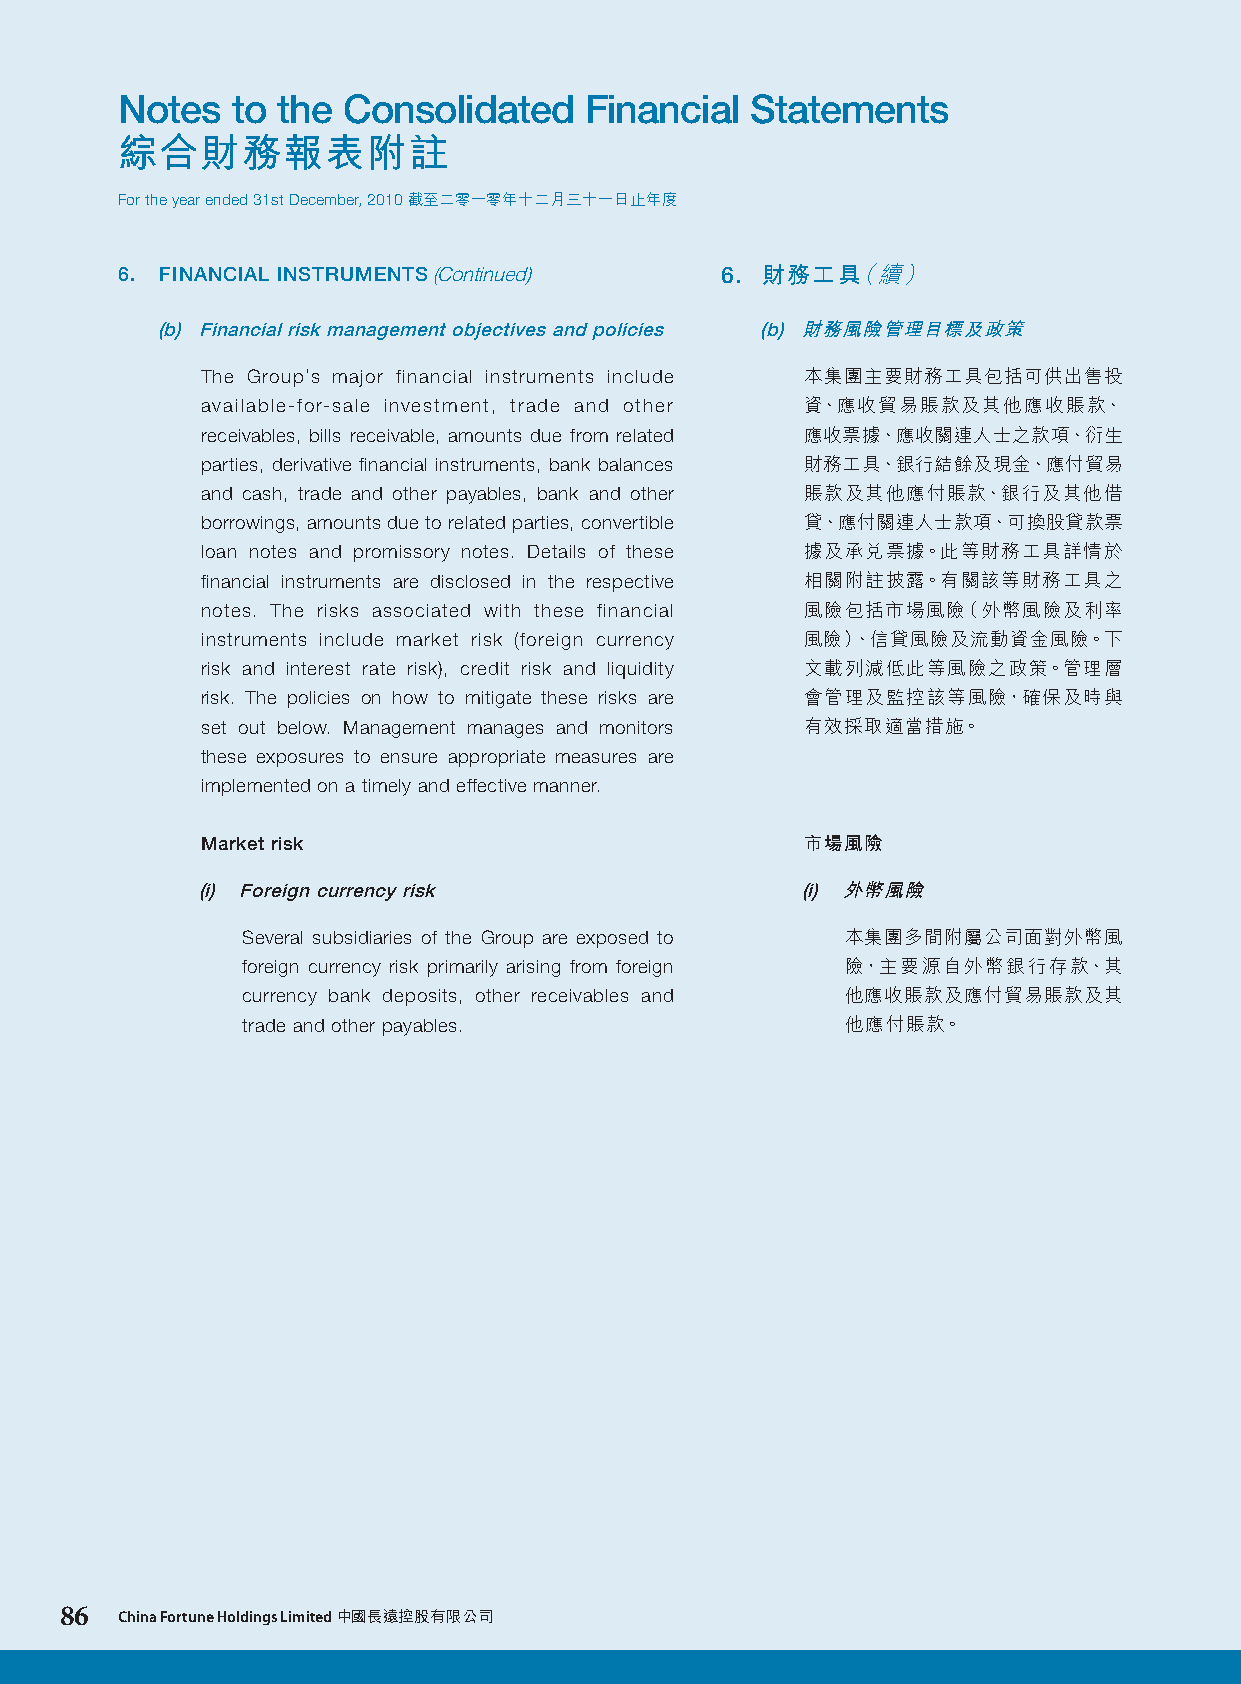
Notes  to the  Consolidated    Financial  Statements
 綜合財務報表附註
 For the year ended 31st December, 2010 截至二零一零年十二月三十一日止年度
 6. FINANCIAL INSTRUMENTS (Continued)    6. 財務工具（續）
 (b) Financial risk management objectives and policies (b) 財務風險管理目標及政策
 The Group’s major financial instruments include 本集團主要財務工具包括可供出售投
 available-for-sale investment, trade and other 資、應收貿易賬款及其他應收賬款、
 receivables, bills receivable, amounts due from related 應收票據、應收關連人士之款項、衍生
 parties, derivative financial instruments, bank balances 財務工具、銀行結餘及現金、應付貿易
 and cash, trade and other payables, bank and other 賬款及其他應付賬款、銀行及其他借
 borrowings, amounts due to related parties, convertible 貸、應付關連人士款項、可換股貸款票
 loan notes and promissory notes. Details of these 據及承兌票據。此等財務工具詳情於
 financial instruments are disclosed in the respective 相關附註披露。有關該等財務工具之
 notes. The risks associated with these financial 風險包括市場風險（外幣風險及利率
 instruments include market risk (foreign currency 風險）、信貸風險及流動資金風險。下
 risk and interest rate risk), credit risk and liquidity 文載列減低此等風險之政策。管理層
 risk. The policies on how to mitigate these risks are 會管理及監控該等風險，確保及時與
 set out below. Management manages and monitors 有效採取適當措施。
 these exposures to ensure appropriate measures are
 implemented on a timely and effective manner.
 Market risk                             市場風險
 (i) Foreign currency risk               (i) 外幣風險
 Several subsidiaries of the Group are exposed to 本集團多間附屬公司面對外幣風
 foreign currency risk primarily arising from foreign 險，主要源自外幣銀行存款、其
 currency bank deposits, other receivables and 他應收賬款及應付貿易賬款及其
 trade and other payables.               他應付賬款。
 86  China Fortune Holdings Limited 中國長遠控股有限公司